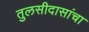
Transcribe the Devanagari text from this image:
तुलसीदासांचा